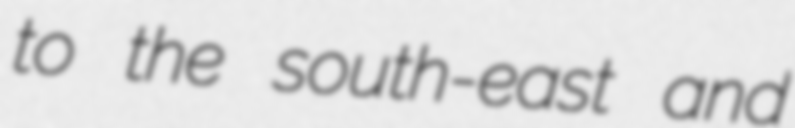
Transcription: to the south-east and